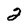
Character: 2